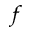
_ f